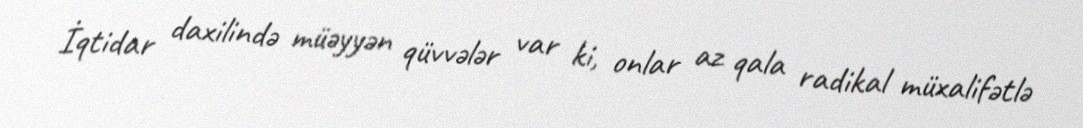
İqtidar daxilində müəyyən qüvvələr var ki, onlar az qala radikal müxalifətlə